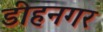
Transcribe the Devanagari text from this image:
डीहनगर